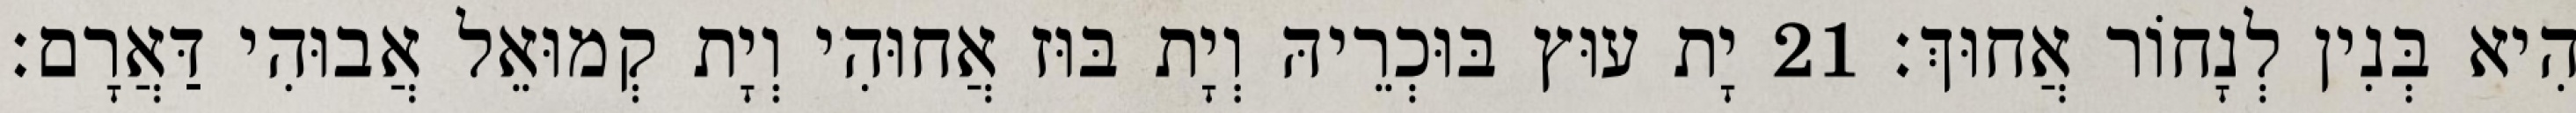
הִיא בְּנִין לְנָחוֹר אֲחוּךְ׃ 21 יָת עוּץ בּוּכְרֵיהּ וְיָת בּוּז אֲחוּהִי וְיָת קְמוּאֵל אֲבוּהִי דַּאֲרָם׃